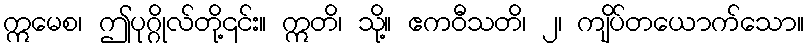
ဣမေစ၊ ဤပုဂ္ဂိုလ်တို့၎င်း။ ဣတိ၊ သို့။ ဧကဝီသတိ၊ ၂၊ ကျိပ်တယောက်သော။